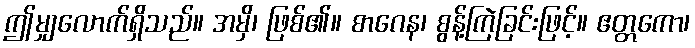
ဤမျှလောက်ရှိသည်။ အမှိ၊ ဖြစ်၏။ စာဂေန၊ စွန့်ကြဲခြင်းဖြင့်။ ဧတ္တကော၊